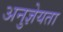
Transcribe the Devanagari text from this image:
अनुज्ञेयता